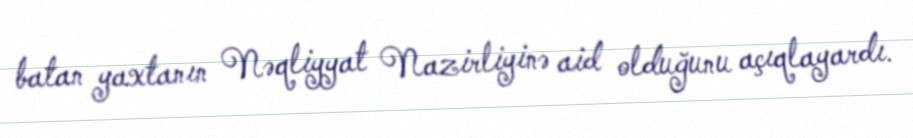
batan yaxtanın Nəqliyyat Nazirliyinə aid olduğunu açıqlayardı.